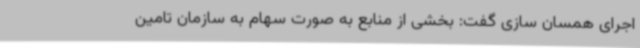
اجرای همسان سازی گفت: بخشی از منابع به صورت سهام به سازمان تامین